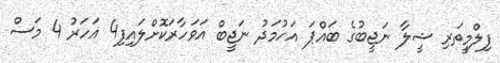
ފިލްމީތަރި ޝީލާ ނަޖީބުގެ ބައްޕަ އަހުމަދު ނަޖީބް އަވަހާރަކޮށްލައިފި4 އަހަރު 4 މަސް